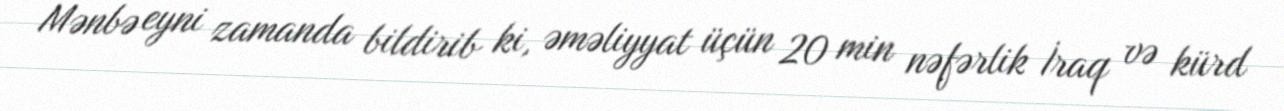
Mənbə eyni zamanda bildirib ki, əməliyyat üçün 20 min nəfərlik İraq və kürd